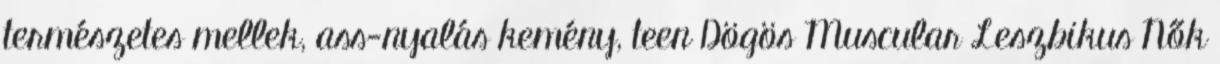
természetes mellek, ass-nyalás kemény, teen Dögös Muscular Leszbikus Nők